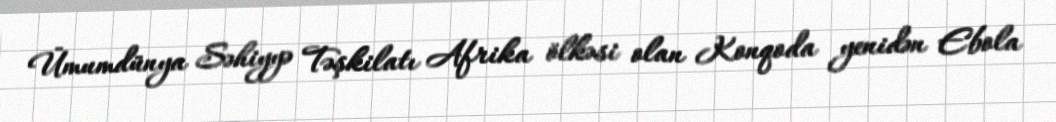
Ümumdünya Səhiyyə Təşkilatı Afrika ölkəsi olan Konqoda yenidən Ebola